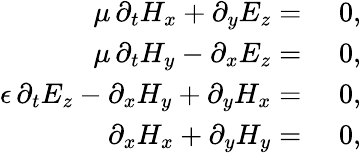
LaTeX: \begin{array}{rl}{\mu\, \partial_{t}H_{x}+\partial_{y}E_{z}=}&{\, \, 0,}\\ {\mu\, \partial_{t}H_{y}-\partial_{x}E_{z}=}&{\, \, 0,}\\ {\epsilon\, \partial_{t}E_{z}-\partial_{x}H_{y}+\partial_{y}H_{x}=}&{\, \, 0,}\\ {\partial_{x}H_{x}+\partial_{y}H_{y}=}&{\, \, 0,}\end{array}